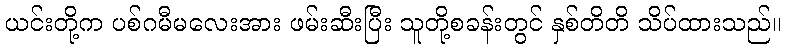
ယင်းတို့က ပစ်ဂမီမလေးအား ဖမ်းဆီးပြီး သူတို့စခန်းတွင် နှစ်တိတိ သိပ်ထားသည်။